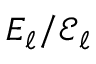
E _ { \ell } / \mathcal { E } _ { \ell }